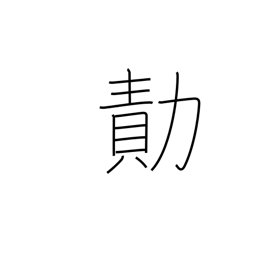
Meaning: achievement